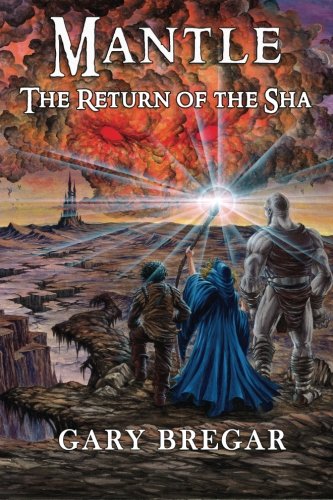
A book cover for Mantle: The Return of the Sha; Gary Bregar; Science Fiction & Fantasy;